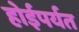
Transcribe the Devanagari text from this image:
होईपर्यत